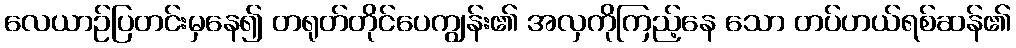
လေယာဉ်ပြတင်းမှနေ၍ တရုတ်တိုင်ပေကျွန်း၏ အလှကိုကြည့်နေ သော တပ်ဟယ်ရစ်ဆန်၏